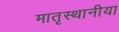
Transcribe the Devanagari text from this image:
मातृस्थानीया